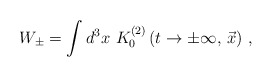
\begin{align*}W_\pm = \int d^3x\,\, K_0^{(2)}\left( t \to \pm\infty, \, {\vec x}\right)\,,\end{align*}